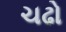
ચઢો